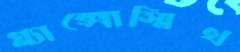
গ্ল্যাক্সোস্মিথ